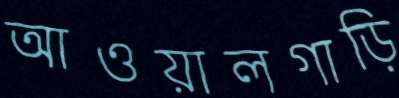
আওয়ালগাড়ি